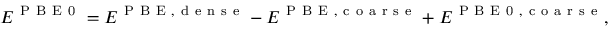
E ^ { \mathrm { ~ P ~ B ~ E ~ 0 ~ } } = E ^ { \mathrm { ~ P ~ B ~ E ~ , ~ d ~ e ~ n ~ s ~ e ~ } } - E ^ { \mathrm { ~ P ~ B ~ E ~ , ~ c ~ o ~ a ~ r ~ s ~ e ~ } } + E ^ { \mathrm { ~ P ~ B ~ E ~ 0 ~ , ~ c ~ o ~ a ~ r ~ s ~ e ~ } } ,